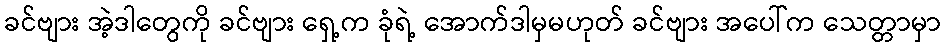
ခင်ဗျား အဲ့ဒါတွေကို ခင်ဗျား ရှေ့က ခုံရဲ့ အောက်ဒါမှမဟုတ် ခင်ဗျား အပေါ်က သေတ္တာမှာ